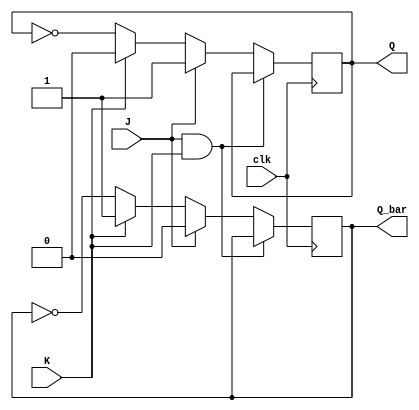
module jk_ff (
    input J, // Input J
    input K, // Input K
    input clk, // Clock input
    output reg Q, // Output Q
    output reg Q_bar // Output Q_bar
);

always @(posedge clk) begin
    if (J & K) begin
        Q <= Q;
        Q_bar <= Q_bar;
    end else if (J) begin
        Q <= 1'b1;
        Q_bar <= 1'b0;
    end else if (K) begin
        Q <= 1'b0;
        Q_bar <= 1'b1;
    end else begin
        Q <= ~Q;
        Q_bar <= ~Q_bar;
    end
end

endmodule